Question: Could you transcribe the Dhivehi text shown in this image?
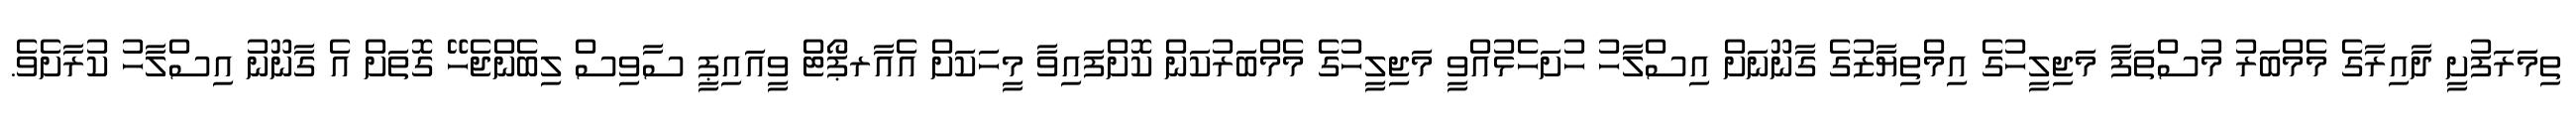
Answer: ތިމަރަފުށީ ދާއިރާގެ މެމްބަރު މުސްތަފާ މަޖިލީހުގެ އިމްތިޔާޒުގެ ގާނޫނަށް އިސްލާހު ހުށަހެޅުއްވީ މަޖިލީހުގެ މެމްބަރުކަން ކޮށްފައިވާ މީހަކަށް އެއާރޕޯޓް ވީއައިޕީ ސާވިސް ލިބެންޖެހޭ ގޮތަށް އެ ގާނޫނު އިސްލާހު ކުރާށެވެ.